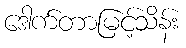
ဒေါက်တာမြင့်သိန်း